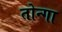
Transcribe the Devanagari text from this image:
तोन्गा